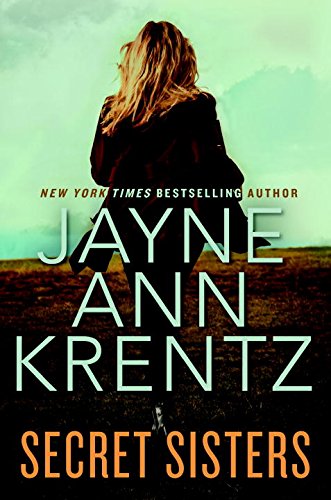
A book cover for Secret Sisters; Jayne Ann Krentz; Romance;